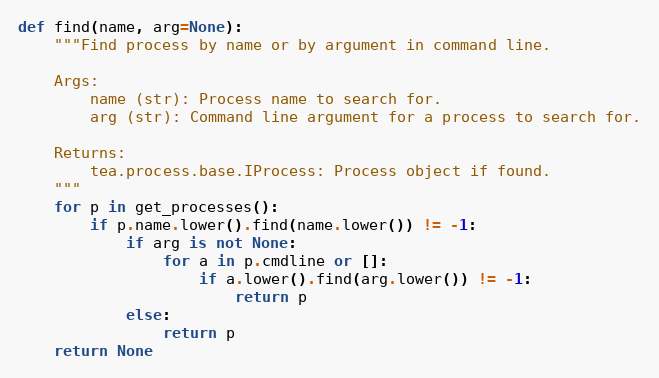
Language: Python
def find(name, arg=None):
    """Find process by name or by argument in command line.

    Args:
        name (str): Process name to search for.
        arg (str): Command line argument for a process to search for.

    Returns:
        tea.process.base.IProcess: Process object if found.
    """
    for p in get_processes():
        if p.name.lower().find(name.lower()) != -1:
            if arg is not None:
                for a in p.cmdline or []:
                    if a.lower().find(arg.lower()) != -1:
                        return p
            else:
                return p
    return None